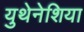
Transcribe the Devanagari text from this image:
युथेनेशिया